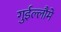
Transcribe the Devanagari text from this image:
गुईल्लौमे